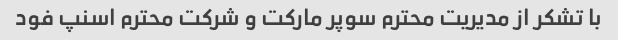
با تشکر از مدیریت محترم سوپر مارکت و شرکت محترم اسنپ فود